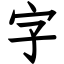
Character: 字